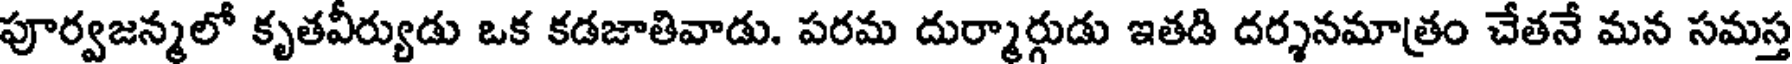
పూర్వజన్మలో కృతవీర్యుడు ఒక కడజాతివాడు. పరమ దుర్మార్గుడు ఇతడి దర్శనమాత్రం చేతనే మన సమస్త